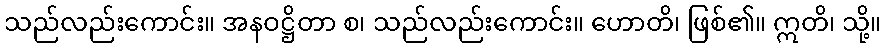
သည်လည်းကောင်း။ အနဝဋ္ဌိတာ စ၊ သည်လည်းကောင်း။ ဟောတိ၊ ဖြစ်၏။ ဣတိ၊ သို့။